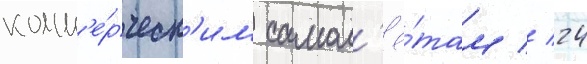
комм'е́рческ'им самол'ё́там // 24